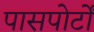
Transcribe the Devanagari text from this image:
पासपोर्टों